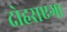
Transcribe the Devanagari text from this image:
दोहराएगा